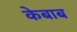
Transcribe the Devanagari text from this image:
केबाब